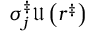
\sigma _ { j } ^ { \ddag } \mathfrak { U } \left( r ^ { \ddag } \right)